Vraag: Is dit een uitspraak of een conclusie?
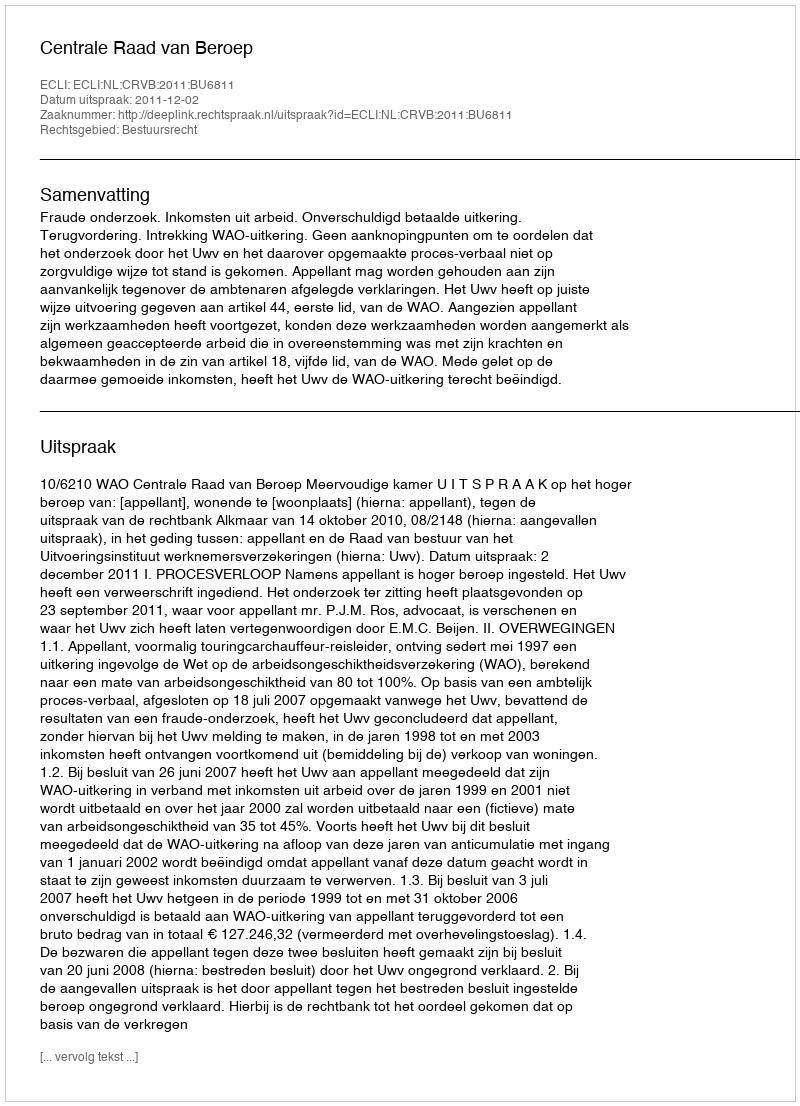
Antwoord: Uitspraak